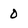
Character: 0